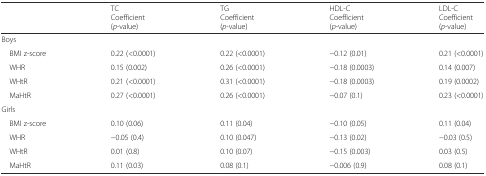
<table><thead><tr><td></td><td><b>TCCoefficient(<i>p</i>-value)</b></td><td><b>TGCoefficient(<i>p</i>-value)</b></td><td><b>HDL-CCoefficient(<i>p</i>-value)</b></td><td><b>LDL-CCoefficient(<i>p</i>-value)</b></td></tr></thead><tbody><tr><td colspan="5">Boys</td></tr><tr><td> BMI z-score</td><td>0.22 (&lt;0.0001)</td><td>0.22 (&lt;0.0001)</td><td>−0.12 (0.01)</td><td>0.21 (&lt;0.0001)</td></tr><tr><td> WHR</td><td>0.15 (0.002)</td><td>0.26 (&lt;0.0001)</td><td>−0.18 (0.0003)</td><td>0.14 (0.007)</td></tr><tr><td> WHtR</td><td>0.21 (&lt;0.0001)</td><td>0.31 (&lt;0.0001)</td><td>−0.18 (0.0003)</td><td>0.19 (0.0002)</td></tr><tr><td> MaHtR</td><td>0.27 (&lt;0.0001)</td><td>0.26 (&lt;0.0001)</td><td>−0.07 (0.1)</td><td>0.23 (&lt;0.0001)</td></tr><tr><td colspan="5">Girls</td></tr><tr><td> BMI z-score</td><td>0.10 (0.06)</td><td>0.11 (0.04)</td><td>−0.10 (0.05)</td><td>0.11 (0.04)</td></tr><tr><td> WHR</td><td>−0.05 (0.4)</td><td>0.10 (0.047)</td><td>−0.13 (0.02)</td><td>−0.03 (0.5)</td></tr><tr><td> WHtR</td><td>0.01 (0.8)</td><td>0.10 (0.07)</td><td>−0.15 (0.003)</td><td>0.03 (0.5)</td></tr><tr><td> MaHtR</td><td>0.11 (0.03)</td><td>0.08 (0.1)</td><td>−0.006 (0.9)</td><td>0.08 (0.1)</td></tr></tbody></table>